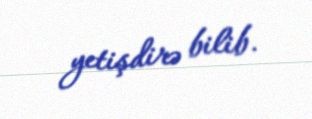
yetişdirə bilib.